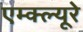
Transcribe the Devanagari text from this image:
एम्क्ल्यूरे